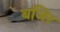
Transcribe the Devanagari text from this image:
बजिर